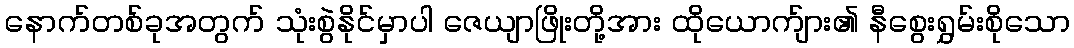
နောက်တစ်ခုအတွက် သုံးစွဲနိုင်မှာပါ ဇေယျာဖြိုးတို့အား ထိုယောက်ျား၏ နီစွေးရွှမ်းစိုသော